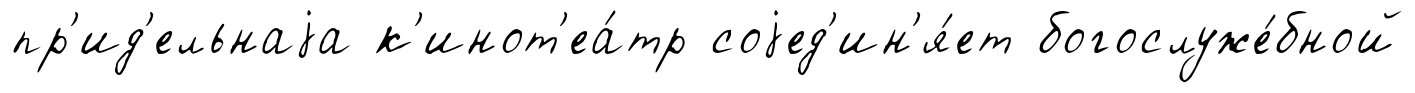
пр'ид'ельнаjа к'инот'еа́тр соjед'ин'я́ет богослуже́бной